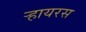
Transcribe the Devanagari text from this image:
ऱ्हायरस